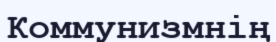
Коммунизмнің